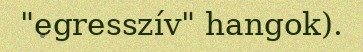
"egresszív" hangok).